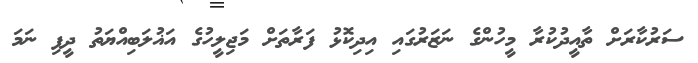
ސަރުކާރަށް ތާއީދުކުރާ މީހުންގެ ނަޒަރުގައި އިދިކޮޅު ފަރާތަށް މަޖިލީހުގެ އަޣުލަބިއްޔަތު ދީފި ނަމަ